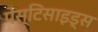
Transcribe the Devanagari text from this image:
पेस्टिसाइड्स